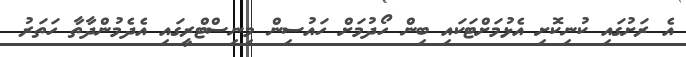
އެ ރަށުގައި ކުނިކޮށި އެޅުމަށްޓަކައި ބިން ހޯދުމަށް ހައުސިން މިނިސްޓްރީގައި އެދެމުންދާތާ ހަތަރު